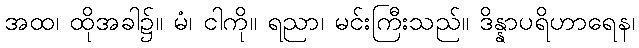
အထ၊ ထိုအခါ၌။ မံ၊ ငါကို။ ရညာ၊ မင်းကြီးသည်။ ဒိန္နာပရိဟာရေန၊